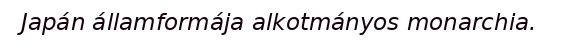
Japán államformája alkotmányos monarchia.